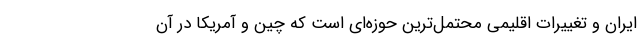
ایران و تغییرات اقلیمی محتمل‌ترین حوزه‌ای است که چین و آمریکا در آن